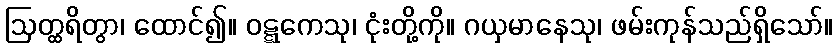
ဩတ္ထရိတွာ၊ ထောင်၍။ ဝဋ္ဋကေသု၊ ငုံးတို့ကို။ ဂယှမာနေသု၊ ဖမ်းကုန်သည်ရှိသော်။